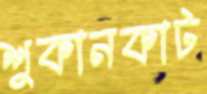
শুকানকাট